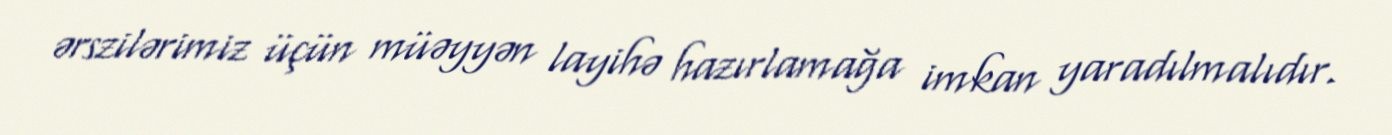
ərszilərimiz üçün müəyyən layihə hazırlamağa imkan yaradılmalıdır.